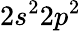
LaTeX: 2s^{2}2p^{2}